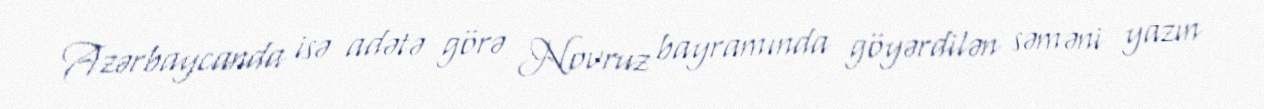
Azərbaycanda isə adətə görə Novruz bayramında göyərdilən səməni yazın